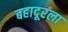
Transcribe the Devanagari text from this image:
बहादूरला